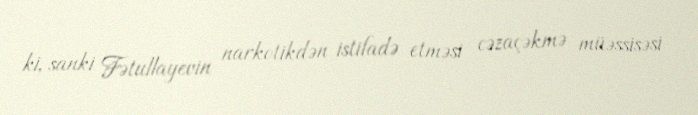
ki, sanki Fətullayevin narkotikdən istifadə etməsi cəzaçəkmə müəssisəsi